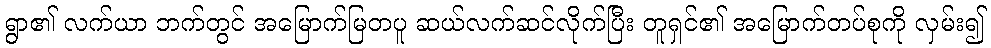
ရွာ၏ လက်ယာ ဘက်တွင် အမြောက်မြတပူ ဆယ်လက်ဆင်လိုက်ပြီး တူရှင်၏ အမြောက်တပ်စုကို လှမ်း၍